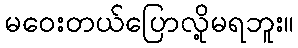
မဝေးတယ်ပြောလို့မရဘူး။